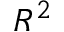
R ^ { 2 }